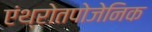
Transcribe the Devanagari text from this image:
एंथ्रोतपोजेनिक